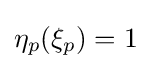
\eta _{p}(\xi _{p})=1